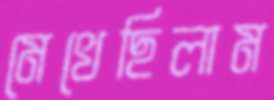
মেখেছিলাম